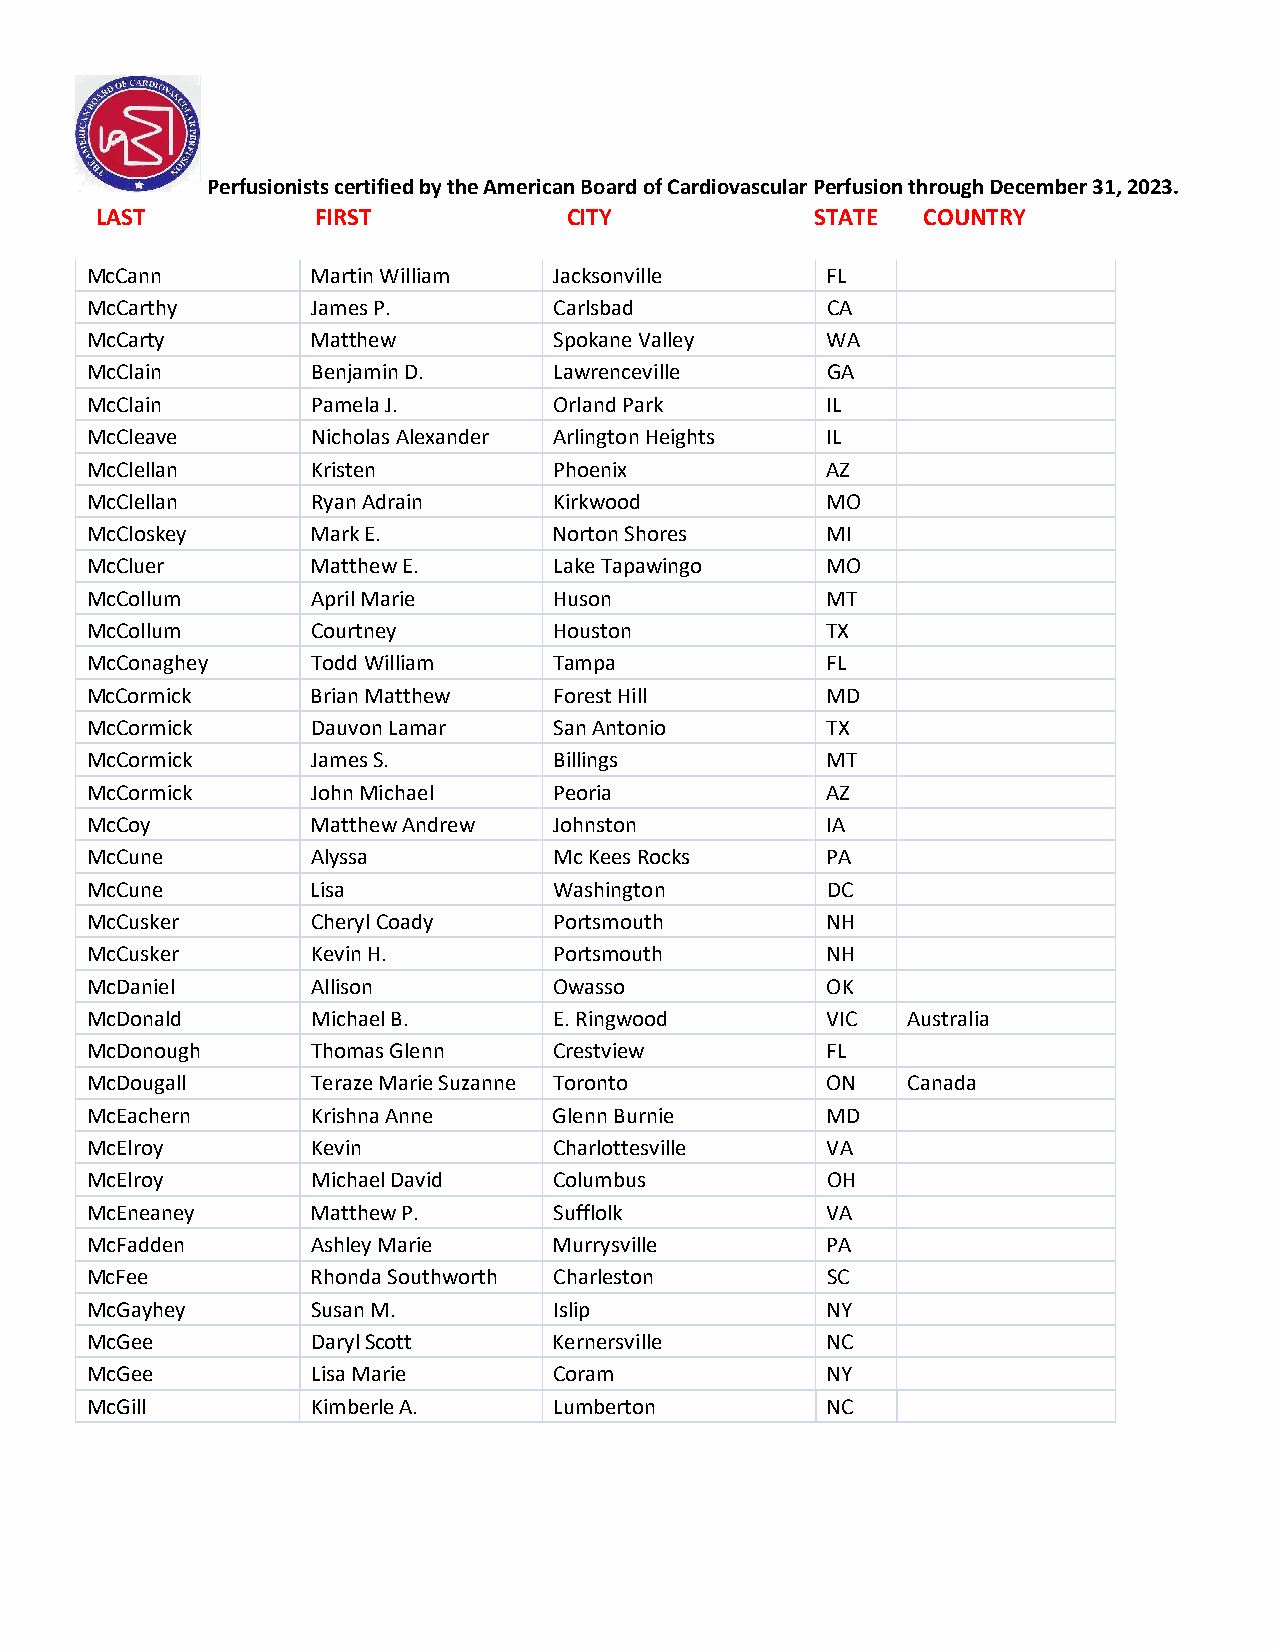
Perfusionists certified by the American Board of Cardiovascular Perfusion through December 31, 2023.
 LAST           FIRST            CITY            STATE  COUNTRY
 McCann         Martin William  Jacksonville      FL
 McCarthy       James P.        Carlsbad          CA
 McCarty        Matthew         Spokane Valley    WA
 McClain        Benjamin D.     Lawrenceville     GA
 McClain        Pamela J.       Orland Park       IL
 McCleave       Nicholas Alexander Arlington Heights IL
 McClellan      Kristen         Phoenix           AZ
 McClellan      Ryan Adrain     Kirkwood          MO
 McCloskey      Mark E.         Norton Shores     MI
 McCluer        Matthew E.      Lake Tapawingo    MO
 McCollum       April Marie     Huson             MT
 McCollum       Courtney        Houston           TX
 McConaghey     Todd William    Tampa             FL
 McCormick      Brian Matthew   Forest Hill       MD
 McCormick      Dauvon Lamar    San Antonio       TX
 McCormick      James S.        Billings          MT
 McCormick      John Michael    Peoria            AZ
 McCoy          Matthew Andrew  Johnston          IA
 McCune         Alyssa          Mc Kees Rocks     PA
 McCune         Lisa            Washington        DC
 McCusker       Cheryl Coady    Portsmouth        NH
 McCusker       Kevin H.        Portsmouth        NH
 McDaniel       Allison         Owasso            OK
 McDonald       Michael B.      E. Ringwood       VIC  Australia
 McDonough      Thomas Glenn    Crestview         FL
 McDougall      Teraze Marie Suzanne Toronto      ON   Canada
 McEachern      Krishna Anne    Glenn Burnie      MD
 McElroy        Kevin           Charlottesville   VA
 McElroy        Michael David   Columbus          OH
 McEneaney      Matthew P.      Sufflolk          VA
 McFadden       Ashley Marie    Murrysville       PA
 McFee          Rhonda Southworth Charleston      SC
 McGayhey       Susan M.        Islip             NY
 McGee          Daryl Scott     Kernersville      NC
 McGee          Lisa Marie      Coram             NY
 McGill         Kimberle A.     Lumberton         NC